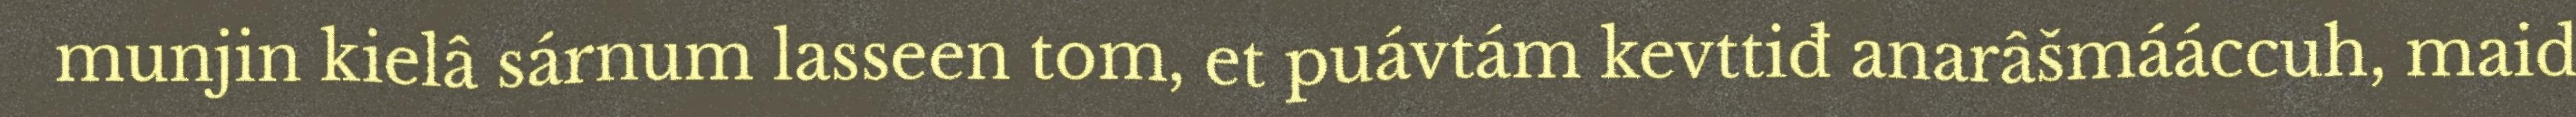
munjin kielâ sárnum lasseen tom, et puávtám kevttiđ anarâšmááccuh, maid